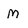
Character: M